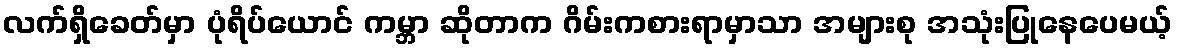
လက်ရှိခေတ်မှာ ပုံရိပ်ယောင် ကမ္ဘာ ဆိုတာက ဂိမ်းကစားရာမှာသာ အများစု အသုံးပြုနေပေမယ့်